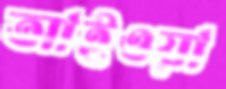
আইওয়া